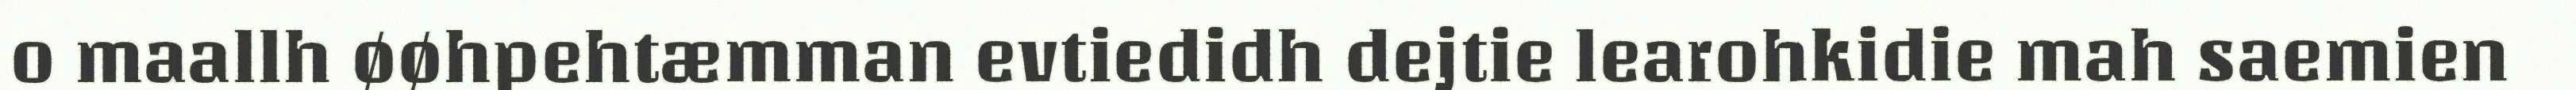
o maallh øøhpehtæmman evtiedidh dejtie learohkidie mah saemien